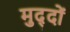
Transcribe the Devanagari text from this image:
मुद्‍दों